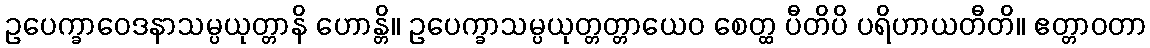
ဥပေက္ခာဝေဒနာသမ္ပယုတ္တာနိ ဟောန္တိ။ ဥပေက္ခာသမ္ပယုတ္တတ္တာယေဝ စေတ္ထ ပီတိပိ ပရိဟာယတီတိ။ ဧတ္တာဝတာ